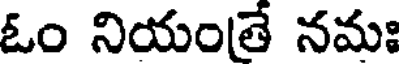
ఓం నియంతే నమః